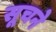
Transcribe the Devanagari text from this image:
सूचने